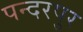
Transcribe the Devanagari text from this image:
पन्दरपुर